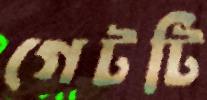
গেটটি